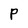
Character: P